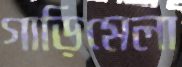
গাড়িমেলা